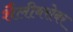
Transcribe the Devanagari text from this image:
शैलीबरोबर